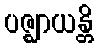
ပဇ္ဈာယန္တိ